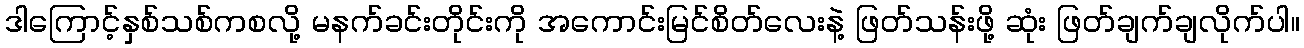
ဒါကြောင့်နှစ်သစ်ကစလို့ မနက်ခင်းတိုင်းကို အကောင်းမြင်စိတ်လေးနဲ့ ဖြတ်သန်းဖို့ ဆုံး ဖြတ်ချက်ချလိုက်ပါ။